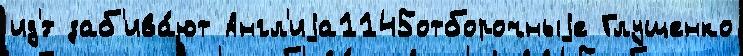
ид'́т заб'ива́ют Англ'иjа1145отборочныjе Глущенко